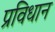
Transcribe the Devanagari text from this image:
प्रविधान